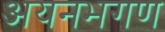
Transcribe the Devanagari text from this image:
अयनभगण